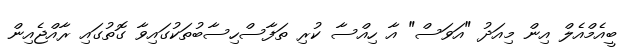
ބީއެމްއެލް އިން މިއަދު "އަވަސް" އާ ހިއްސާ ކުރި ތަފާސްހިސާބުތަކުގައިވާ ގޮތުގައި ރާއްޖެއިން